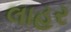
લાહર